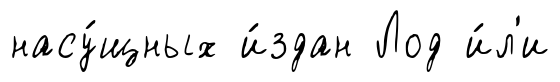
насу́щных и́здан Лод и́л'и